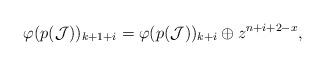
LaTeX: \begin{align*}\varphi(p(\mathcal J))_{k+1+i} = \varphi(p(\mathcal J))_{k+i} \oplus z^{n+i+2-x},\end{align*}